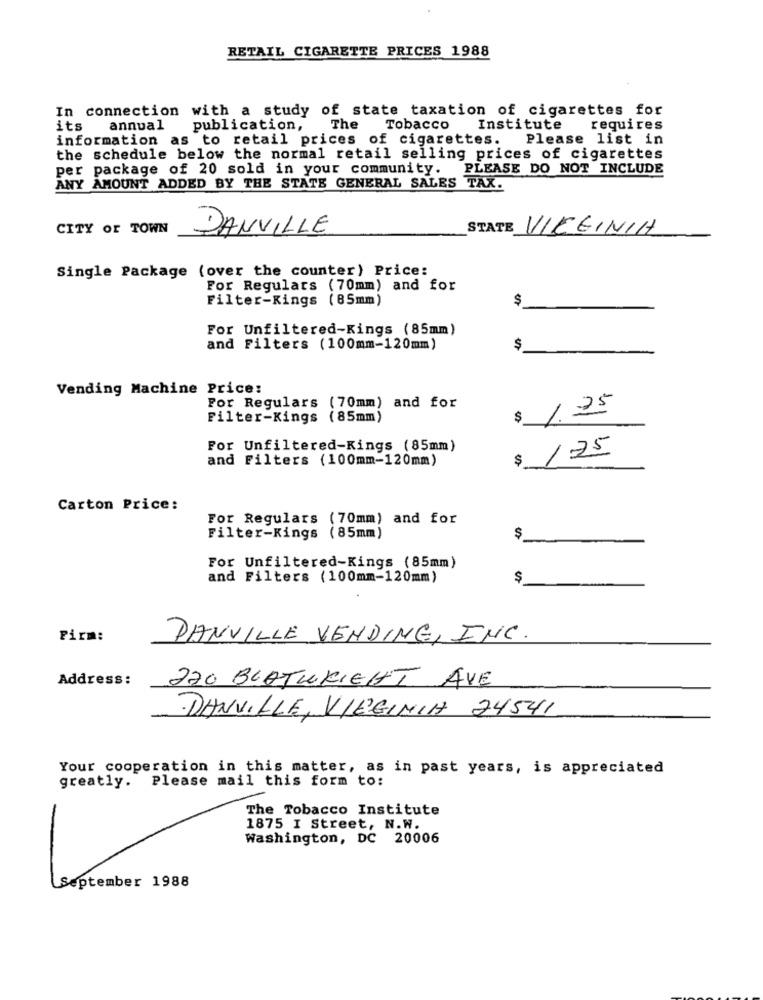
RETAIL CIGARETTE PRICES 1988
In connection with a study of state taxation of cigarettes for
its
annual publication, The
Tobacco Institute
requires
information as to retail prices of cigarettes.
Please list in
the schedule below the normal retail selling prices of cigarettes
per package of 20 sold in your community. PLEASE DO NOT INCLUDE
ANY AMOUNT ADDED BY THE STATE GENERAL SALES TAX.
CITY OF TOWN
DANVILLE
STATE VIRGINIA
Single Package (over the counter) Price:
For Regulars (70mm) and for
Filter-Kings (85mm)
$
For Unfiltered-Kings (85mm)
and Filters (100mm-120mm)
$
Vending Machine Price:
For Regulars (70mm) and for
Filter-Kings (85mm)
1.25
For Unfiltered-Kings (85mm)
175
and Filters (100mm-120mm)
$
Carton Price:
For Regulars (70mm) and for
Filter-Kings (85mm)
$
For Unfiltered-Kings (85mm)
and Filters (100mm-120mm)
$
Pirm:
DANVILLE VENDING, INC.
Address:
270 BLATURIGHT AVE
DANVILLE, VIRGINIA 24541
Your cooperation in this matter, as in past years, is appreciated
greatly. Please mail this form to:
The Tobacco Institute
1875 I Street, N.W.
Washington, DC 20006
-
September 1988